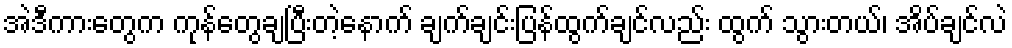
အဲဒီကားတွေက ကုန်တွေချပြီးတဲ့နောက် ချက်ချင်းပြန်ထွက်ချင်လည်း ထွက် သွားတယ်၊ အိပ်ချင်လဲ